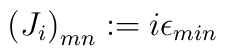
\left( J_i\right)_{mn} := i\epsilon_{min}